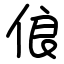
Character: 俍